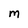
Character: M